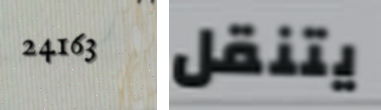
24163 يتنقل